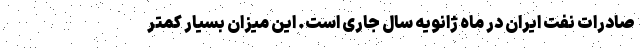
صادرات نفت ایران در ماه ژانویه سال جاری است. این میزان بسیار کمتر